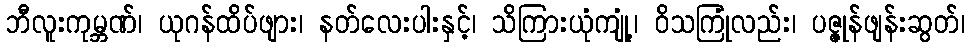
ဘီလူးကုမ္ဘဏ်၊ ယုဂန်ထိပ်ဖျား၊ နတ်လေးပါးနှင့်၊ သိကြားယုံကျုံ့၊ ဝိသကြုံလည်း၊ ပဇ္ဇုန်ဖျန်းဆွတ်၊